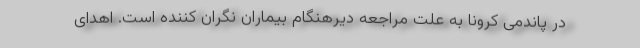
در پاندمی کرونا به علت مراجعه دیرهنگام بیماران نگران کننده است. اهدای